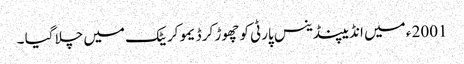
2001 ء میں انڈیپنڈینس پارٹی کو چھوڑ کر ڈیمو کریٹک میں چلا گیا ۔